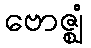
ဗောဇ္ဈံ